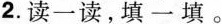
2.读一读，填一填。